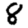
Digit: 8